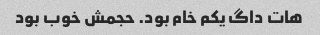
هات داگ یکم خام بود. حجمش خوب بود